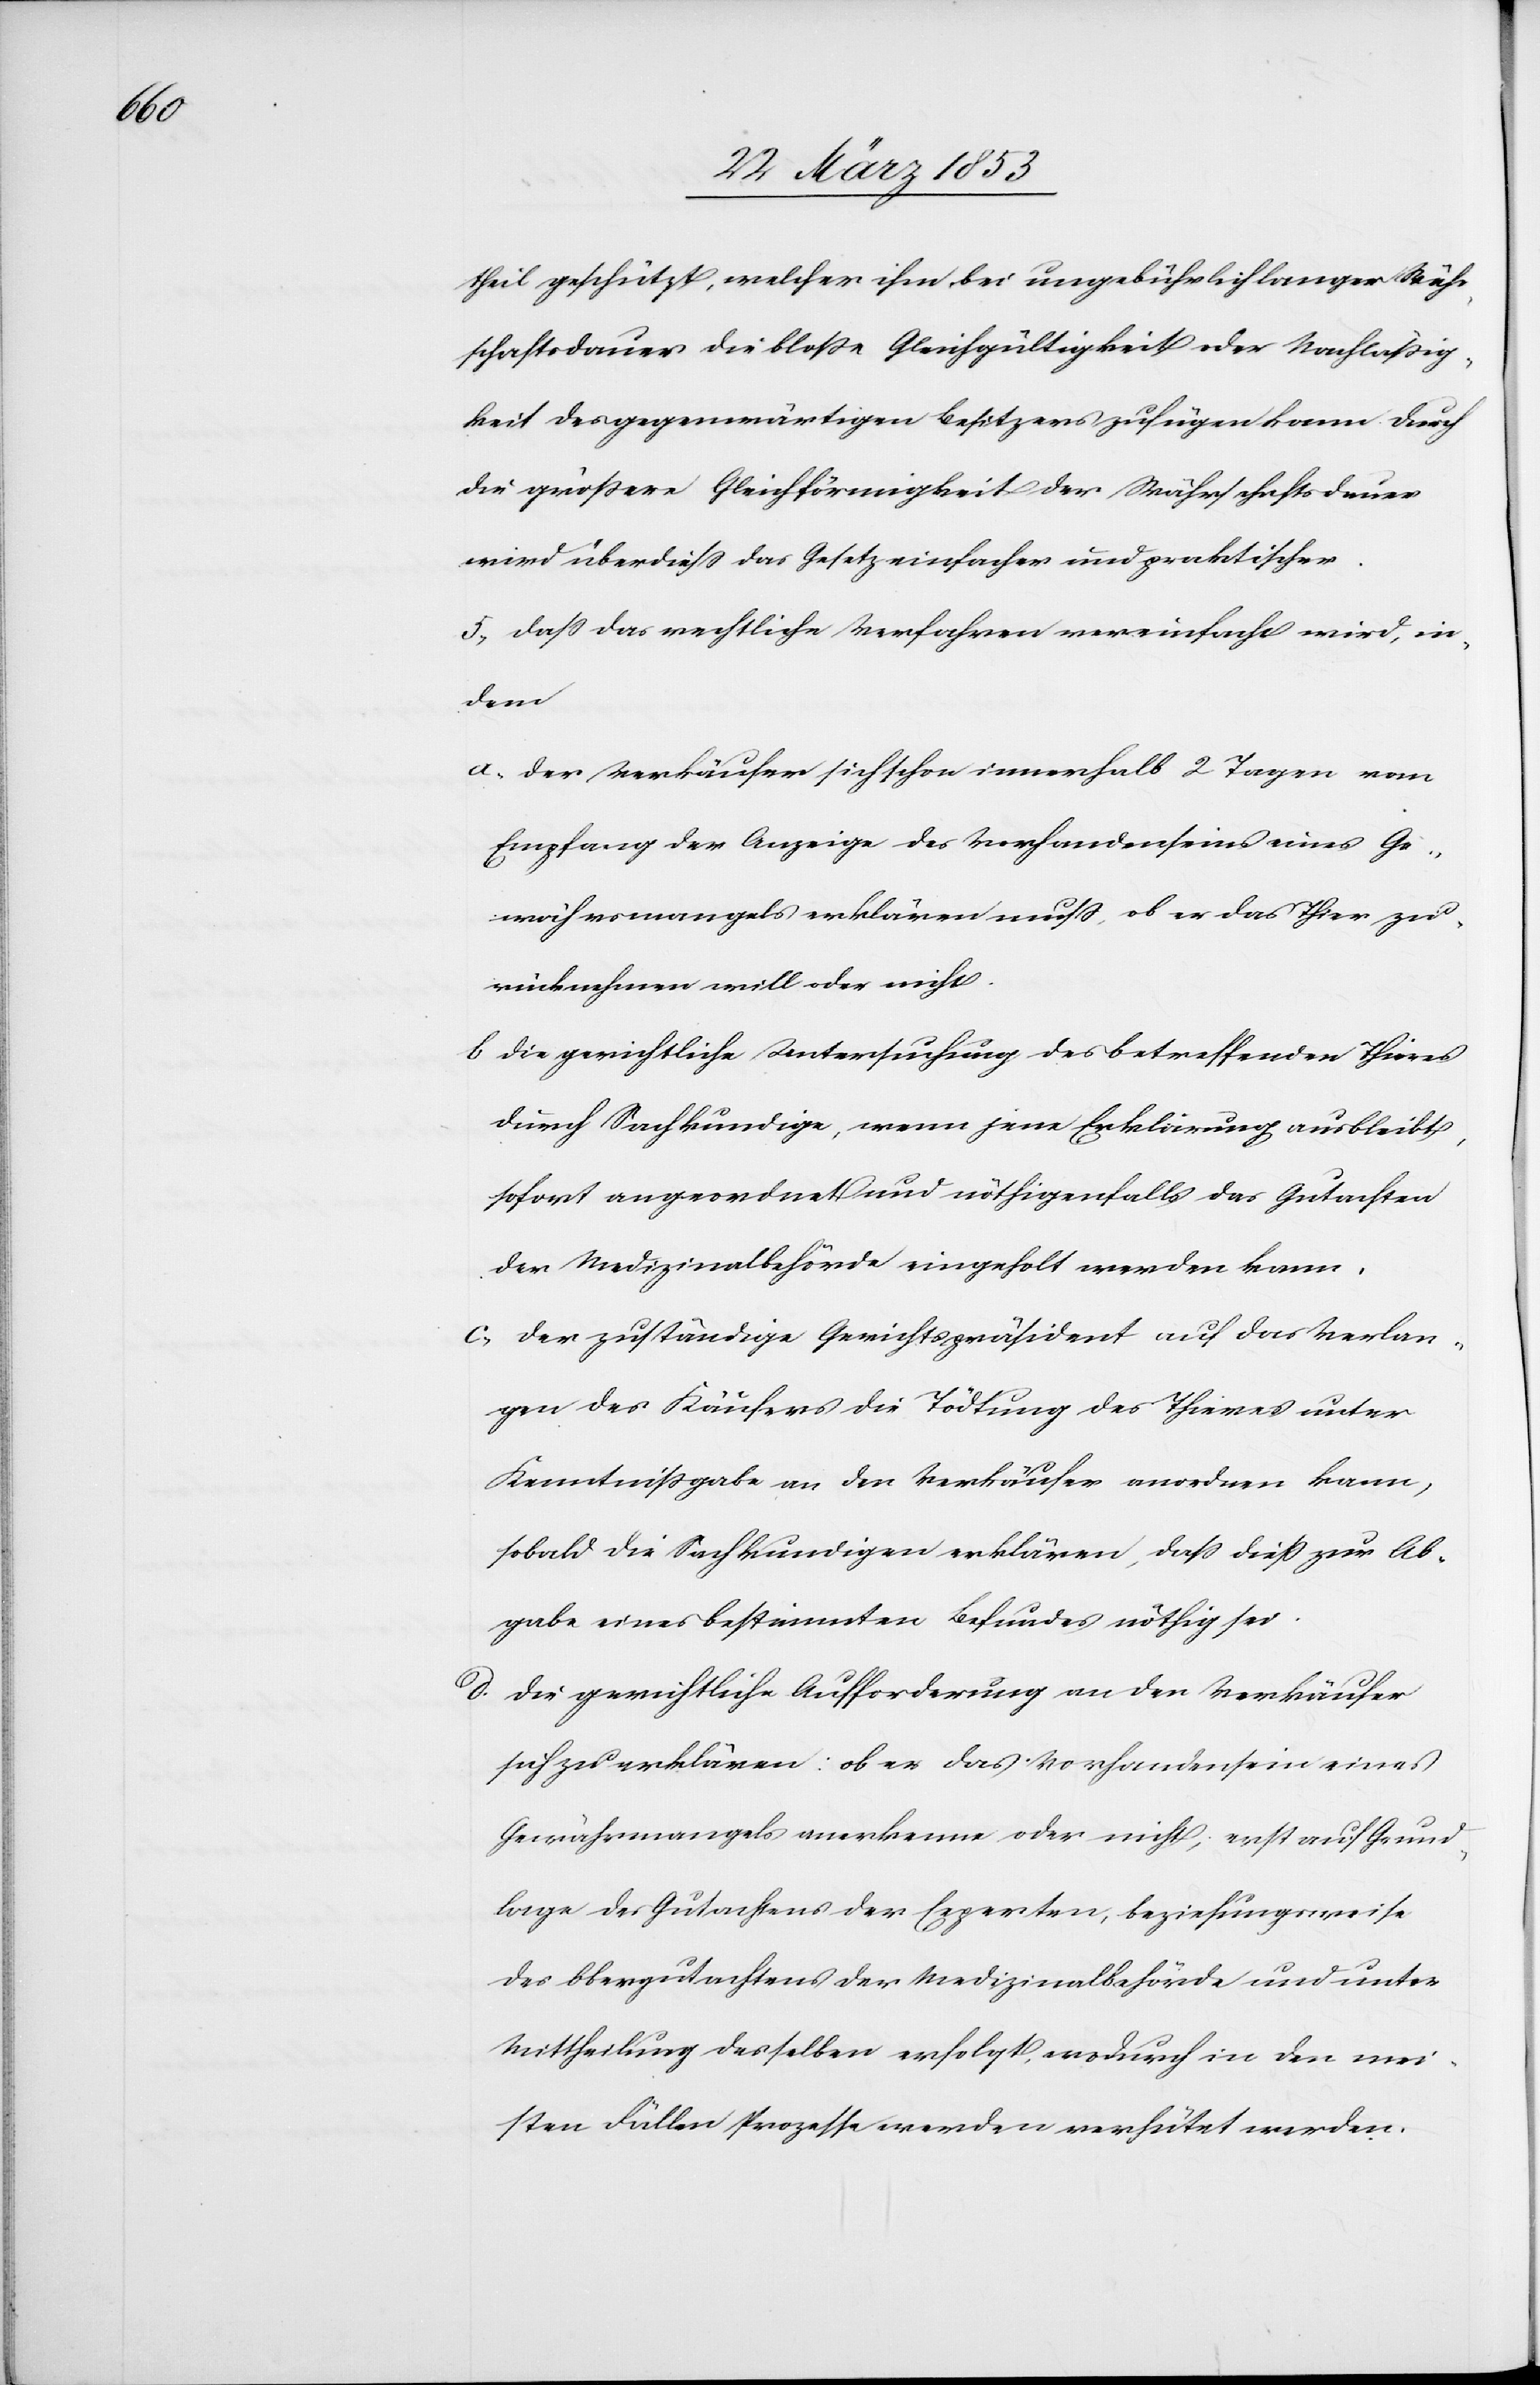
theil geschützt ,welcher ihm, bei ungebührlich langer Wäh¬
rschaftsdauer die bloße Gleichgültigkeit oder Nachläßig¬
keit des gegenwärtigen Besitzers zu fügen kann. Durch
die größere Gleichförmigkeit der Währschaftsdauer
wird überdieß das Gesetz einfacher und praktischer.
5, Daß das rechtliche Verfahren vereinfacht wird, in¬
dem
a. Der Verkäufer sich schon innerhalb 2 Tagen vom
Empfang der Anzeige des Vorhandenseins eines Ge¬
währsmangels erklären muß, ob er das Thier zu¬
rücknehmen will oder nicht.
b. Die gerichtliche Untersuchung des betreffenden Thieres
durch Sachkundige, wenn jene Erklärung ausbleibt,
sofort angeordnet und nöthigenfalls das Gutachten
der Medizinalbehörde eingeholt werden kann.
c, Der zuständige Gerichtspräsident auf das Verlan¬
gen des Käufers die Tödtung des Thieres unter
Kenntnißgabe an den Verkäufer anordnen kann,
sobald die Sachkundigen erklären, da dieß zur Ab¬
gabe eines bestimmten Befundes nöthig sei.
d. Die gerichtliche Aufforderung an den Verkäufer
sich zu erklären: ob er das Vorhandensein eines
Gewährsmangels anerkenne oder nicht, erst auf Grund¬
lage des Gutachtens der Experten, beziehungsweise
des Obergutachtens der Medizinalbehörde und unter
Mittheilung desselben erfolgt, wodurch in den mei¬
sten Fällen Prozesse werden verhütet werden.